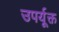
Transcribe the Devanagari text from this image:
उपर्यूक्त